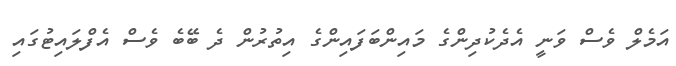
އަމެލް ވެސް ވަނީ އެދެކުދިންގެ މައިންބަފައިންގެ އިތުރުން ދެ ބޭބެ ވެސް އެފްލައިޓުގައި